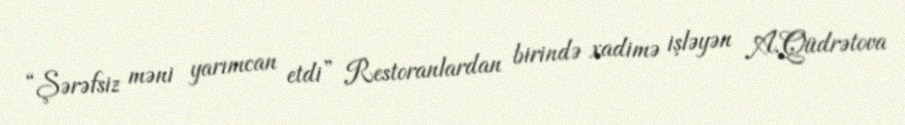
“Şərəfsiz məni yarımcan etdi” Restoranlardan birində xadimə işləyən A.Qüdrətova